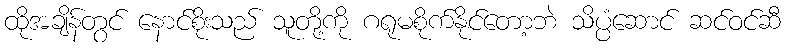
ထိုအချိန်တွင် နောင်စိုးသည် သူတို့ကို ဂရုမစိုက်နိုင်တော့ဘဲ သိပ္ပံဆောင် ဆင်ဝင်ဆီ